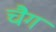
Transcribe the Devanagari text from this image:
चैग